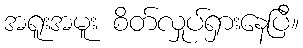
အရူးအမူး စိတ်လှုပ်ရှားနေပြီ။